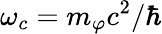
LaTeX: \omega_{c}=m_{\varphi}c^{2}/\hbar